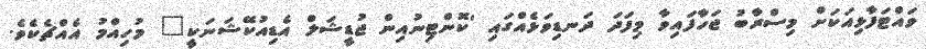
ވައްޓަފާޅިއަކަށް މިސްރާބު ޖަހާފައިވާ މިފަދަ ދަނޑިވަޅެއްގައި 'ކޮންޓިނުއިން ޖުޑީޝަލް އެޑިއުކޭޝަނަކީ" މުހިއްމު އެއްޗެކެވެ.